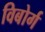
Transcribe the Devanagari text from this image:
विबोर्ग